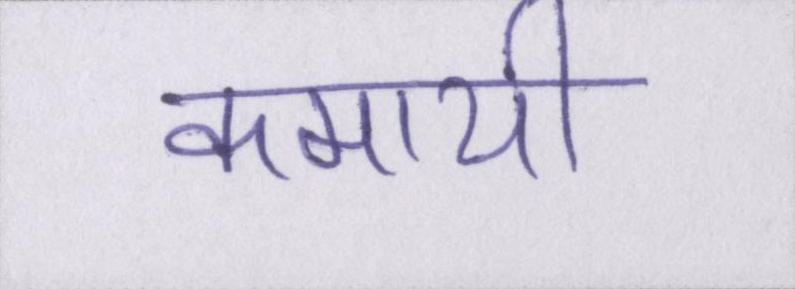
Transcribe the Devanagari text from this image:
कमायी